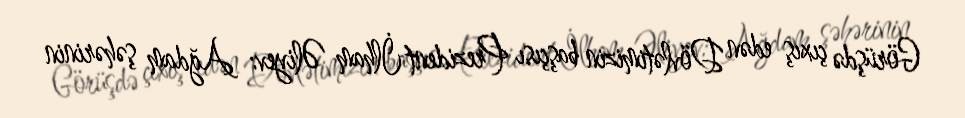
Görüşdə çıxış edən Dövlətimizin başçısı Prezident İlham Əliyev: Ağdam şəhərinin